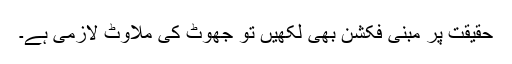
حقیقت پر مبنی فکشن بھی لکھیں تو جھوٹ کی ملاوٹ لازمی ہے۔